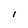
Character: I